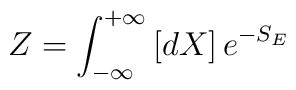
Z = \int_{- \infty}^{+ \infty}         \left[ dX \right] e^{-S_{E}}